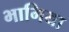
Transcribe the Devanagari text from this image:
भागिया